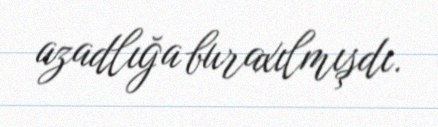
azadlığa buraxılmışdı.